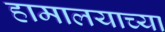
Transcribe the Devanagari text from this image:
हामालयाच्या